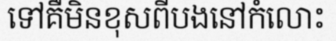
ទៅគឺមិនខុសពីបងនៅកំលោះ